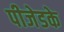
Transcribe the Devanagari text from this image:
पीजेडके